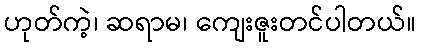
ဟုတ်ကဲ့၊ ဆရာမ၊ ကျေးဇူးတင်ပါတယ်။